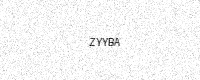
Text: ZYYBA